Insane asylums in Bengal annual reports 1867-1875 - 1867-1875
Year: 1867
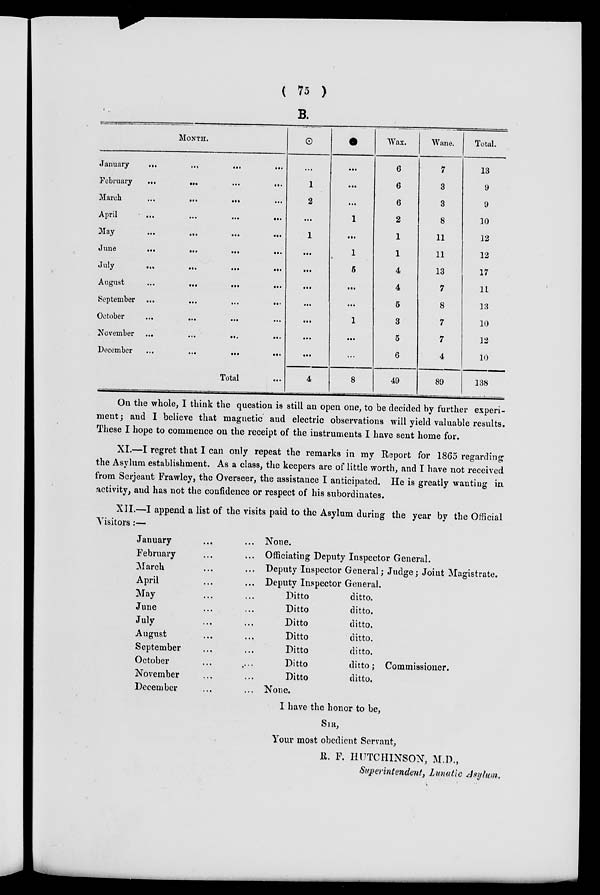
( 75 )
B.
MONTH.
January
...
...
...
...
February
...
...
...
...
March
...
...
...
...
April
...
...
...
...
May
...
...
...
...
June ... ... ... ...
July
...
...
...
...
August
...
...
...
...
September
...
...
...
...
October
...
...
...
...
November
...
...
...
...
December
...
...
...
...
Total ...
...
1
2
...
1
...
...
...
...
...
...
...
4
...
...
...
1
...
1
5
...
...
1
...
...
8
Wax.
6
6
6
2
1
1
4
4
5
3
5
6
49
Wane.
7
3
3
8
11
11
13
7
8
7
7
4
89
Total.
13
9
9
10
12
12
17
11
13
10
12
10
138
On the whole, I think the question is still an open one, to be decided by further experi-
ment ; and I believe that magnetic and electric observations will yield valuable results.
These I hope to commence on the receipt of the instruments I have sent home for.
XI.—I regret that I can only repeat the remarks in my Report for 1865 regarding
the Asylum establishment. As a class, the keepers are of little worth, and I have not received
from Serjeant Frawley, the Overseer, the assistance I anticipated. He is greatly wanting in
activity, and has not the confidence or respect of his subordinates.
XII.—I append a list of the visits paid to the Asylum during the year by the Official
Visitors :—
January ... ...
February ... ...
March ... ...
April ... ...
May ... ...
June ... ...
July ... ...
August ... ...
September ... ...
October ... ...
November ... ...
December ... ...
None.
Officiating Deputy Inspector General.
Deputy Inspector General; Judge; Joint Magistrate.
Deputy Inspector General.
Ditto
ditto.
Ditto
ditto.
Ditto
ditto.
Ditto
ditto.
Ditto
ditto.
Ditto
ditto; Commissioner.
Ditto
ditto.
None.
I have the honor to be,
SIR,
Your most obedient Servant,
R. P. HUTCHINSON, M.D.,
Superintendent, Lunatic Asylum.